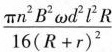
\frac{\pi n^{2}B^{2}\omega d^{2}l^{2}R}{16(R+r)^{2}}